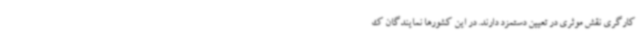
کارگری نقش موثری در تعیین دستمزد دارند. در این کشورها نمایندگان ک